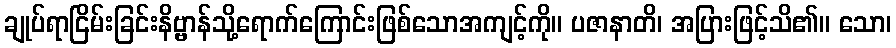
ချုပ်ရာငြိမ်းခြင်းနိဗ္ဗာန်သို့ရောက်ကြောင်းဖြစ်သောအကျင့်ကို။ ပဇာနာတိ၊ အပြားဖြင့်သိ၏။ သော၊